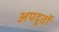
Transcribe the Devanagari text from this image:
अपदूतों